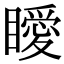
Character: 瞹